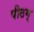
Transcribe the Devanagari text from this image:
पीठम्